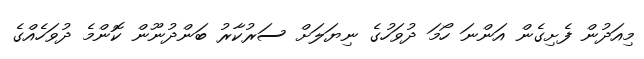
މިއަދުން ފެށިގެން އަންނަ ހޯމަ ދުވަހުގެ ނިޔަލަށް ސަރުކާރު ބަންދުނޫން ކޮންމެ ދުވަހެއްގެ